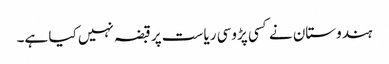
ہندوستان نے کسی پڑوسی ریاست پر قبضہ نہیں کیا ہے۔